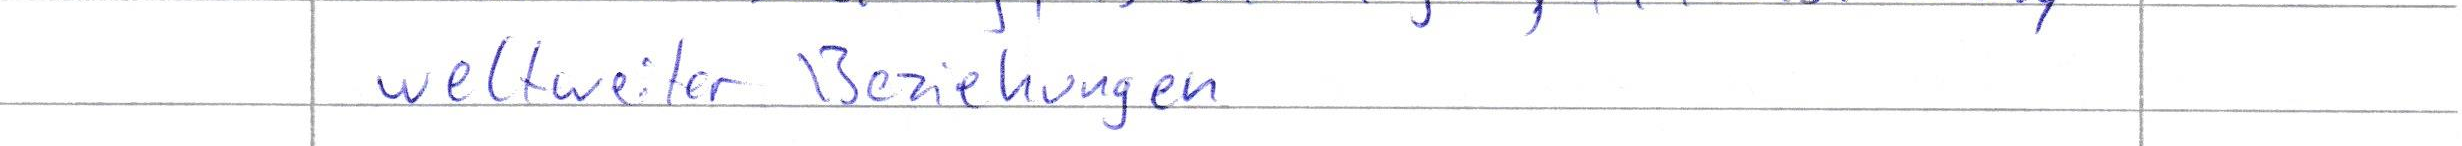
weltweiter Beziehungen